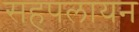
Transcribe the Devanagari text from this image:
सहपलायन